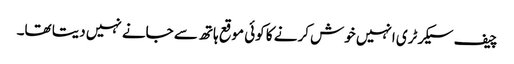
چیف سیکرٹری انہیں خوش کرنے کا کوئی موقع ہاتھ سے جانے نہیں دیتا تھا۔